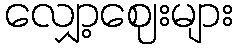
လျှော့ဈေးများ